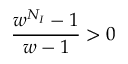
\frac { w ^ { N _ { I } } - 1 } { w - 1 } > 0